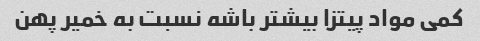
کمی مواد‌ پیتزا بیشتر باشه نسبت به خمیر پهن